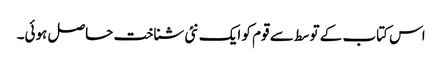
اس کتاب کے توسط سے قوم کو ایک نئی شناخت حاصل ہوئی۔